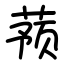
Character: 蓣